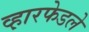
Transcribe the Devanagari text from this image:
व्ह़ारफेडले